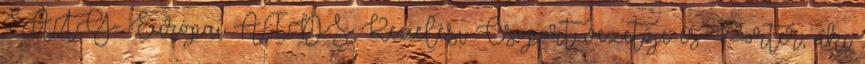
EATG- Európai AIDS Kezelési Csoport vezetője és Porter, aki